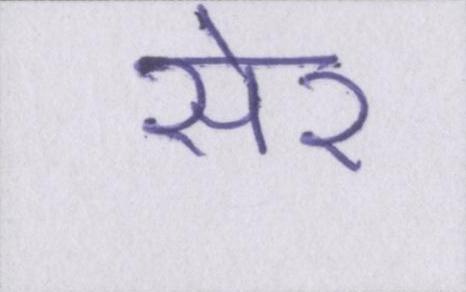
सेर